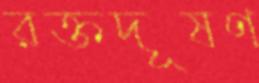
রক্তদূষণ